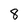
Character: 8